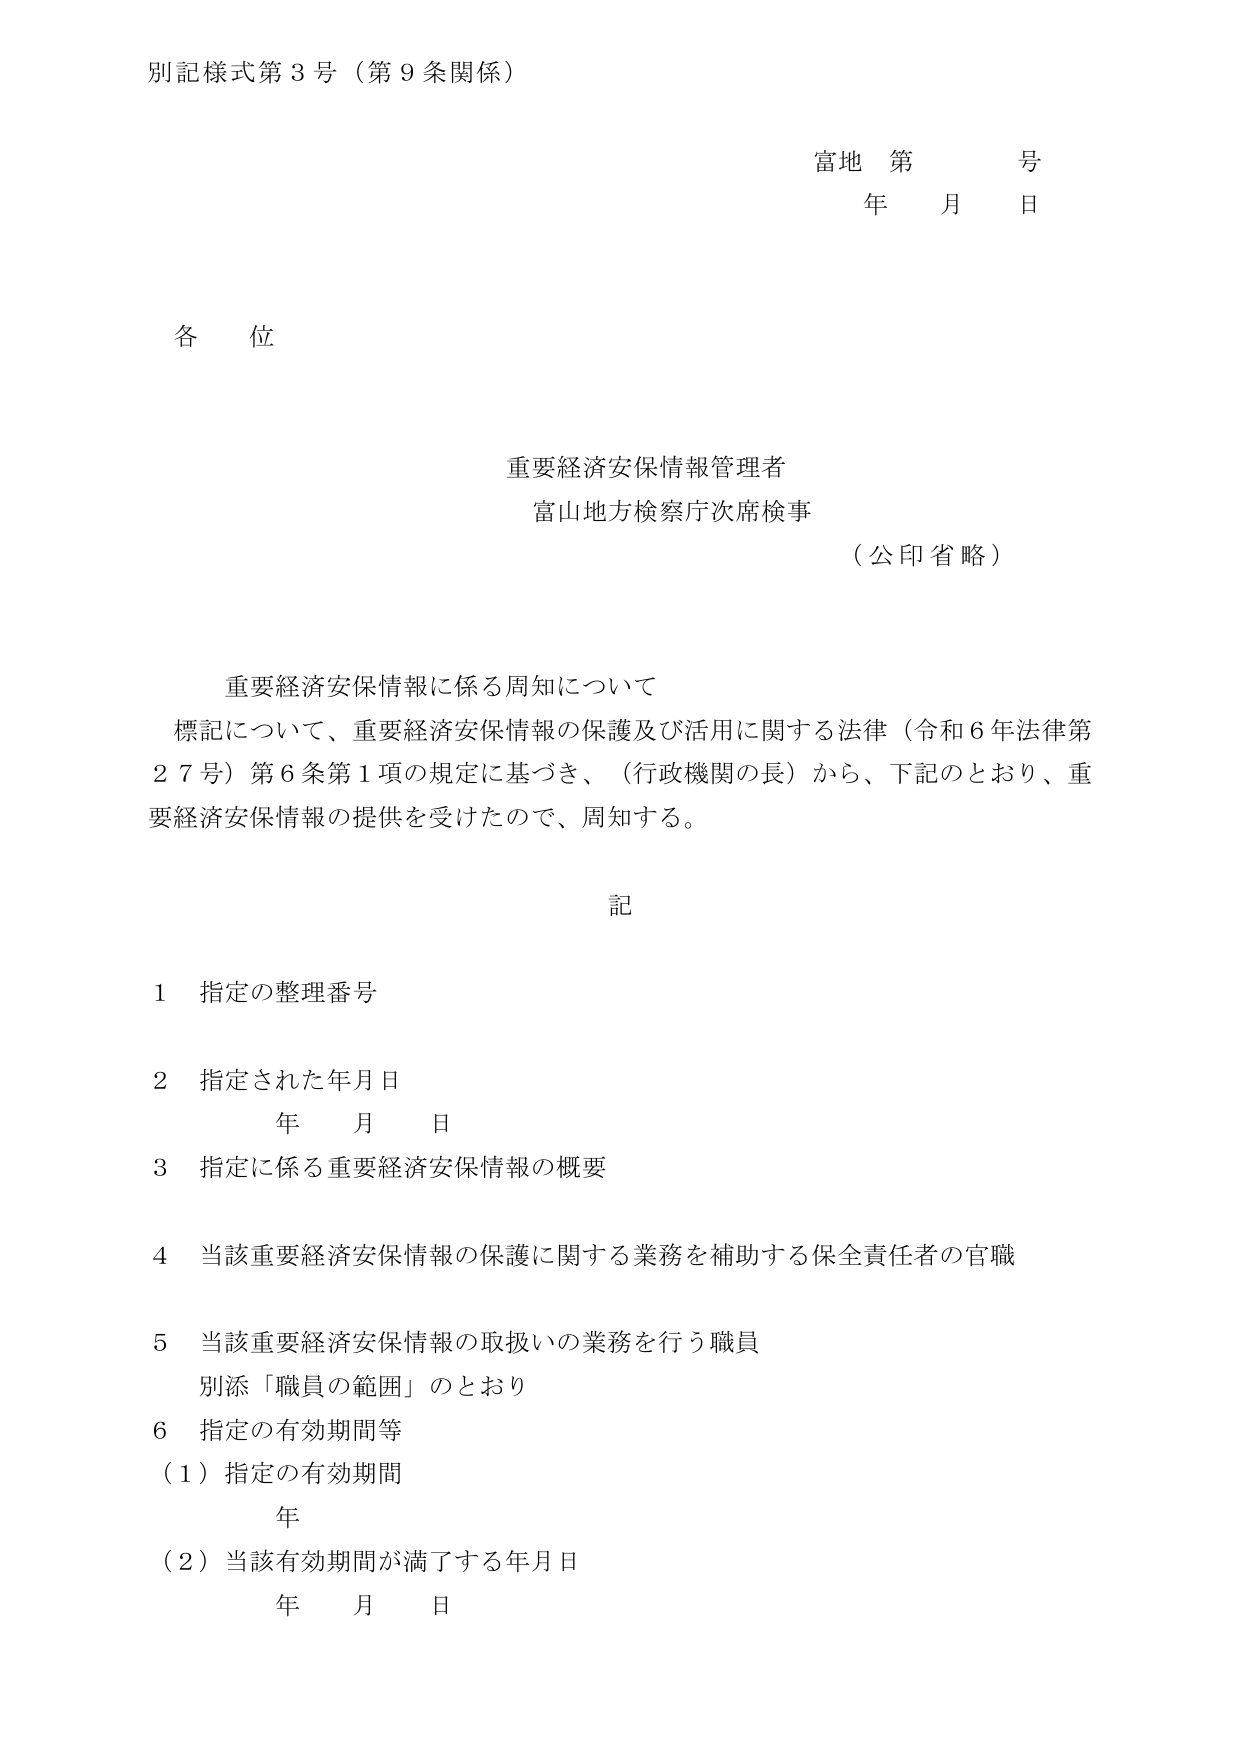
別記様式第３号（第９条関係）

富地 第 号
年 月 日

各位

重要経済安保情報管理者
富山地方検察庁次席検事
（公印省略）

重要経済安保情報に係る周知について
標記について、重要経済安保情報の保護及び活用に関する法律（令和６年法律第２７号）第６条第１項の規定に基づき、（行政機関の長）から、下記のとおり、重要経済安保情報の提供を受けたので、周知する。

記

１ 指定の整理番号

２ 指定された年月日
　　年 月 日

３ 指定に係る重要経済安保情報の概要

４ 当該重要経済安保情報の保護に関する業務を補助する保全責任者の官職

５ 当該重要経済安保情報の取扱いの業務を行う職員
　　別添「職員の範囲」のとおり

６ 指定の有効期間等
　（１）指定の有効期間
　　　年
　（２）当該有効期間が満了する年月日
　　　年 月 日